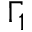
\Gamma _ { 1 }